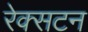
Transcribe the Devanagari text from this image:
रेक्सटन